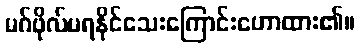
မဂ်ဖိုလ်မရနိုင်သေးကြောင်းဟောထား၏။